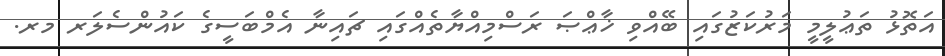
އަތޮޅު ތަޢުލީމީ މަރުކަޒުގައި ބޭއްވި ޚާޢްޞަ ރަސްމިއްޔާތެއްގައި ޗައިނާ އެމްބަސީގެ ކައުންސެލަރ މރ.